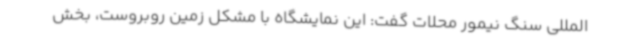
المللی سنگ نیمور محلات گفت: این نمایشگاه با مشکل زمین روبروست، بخش